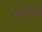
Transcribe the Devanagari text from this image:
रेस्‍टोरन्टमां